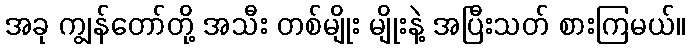
အခု ကျွန်တော်တို့ အသီး တစ်မျိုး မျိုးနဲ့ အပြီးသတ် စားကြမယ်။